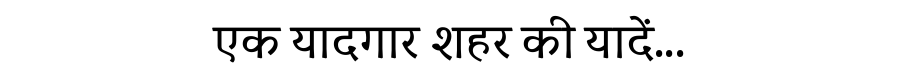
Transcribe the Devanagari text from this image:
एक यादगार शहर की यादें...